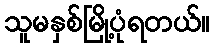
သူမနှစ်မြို့ပုံရတယ်။